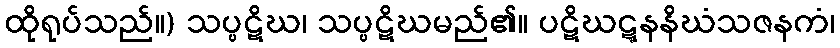
ထိုရုပ်သည်။) သပ္ပဋိဃ၊ သပ္ပဋိဃမည်၏။ ပဋိဃဋ္ဋနနိဃံသဇနကံ၊